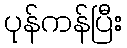
ပုန်ကန်ပြီး